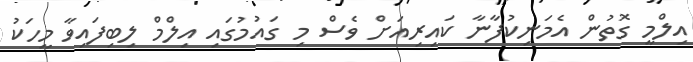
އިލްމީ ގޮތުން އެމަނިކުފާނާ ކައިރިއަށް ވެސް މި ގައުމުގައި އިލްމް ލިބިފައިވާ މީހަކު